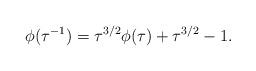
LaTeX: \begin{align*}\phi (\tau^{-1}) = \tau^{3/2} \phi (\tau) + \tau^{3/2} - 1.\end{align*}